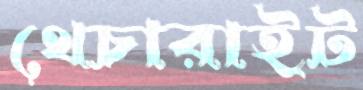
থেচারাইট